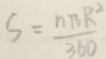
S = \frac { n \pi R ^ { 2 } } { 3 6 0 }